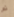
تم